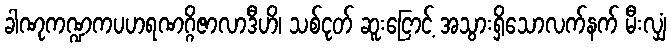
ခါဏုကဏ္ဍကပဟရဏဂ္ဂိဇာလာဒီဟိ၊ သစ်ငုတ် ဆူးငြောင့် အသွားရှိသောလက်နက် မီးလျှံ